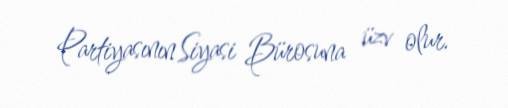
Partiyasının Siyasi Bürosuna üzv olur.